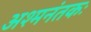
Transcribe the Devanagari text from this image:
अश्‍मनंतकः